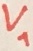
Text: V1